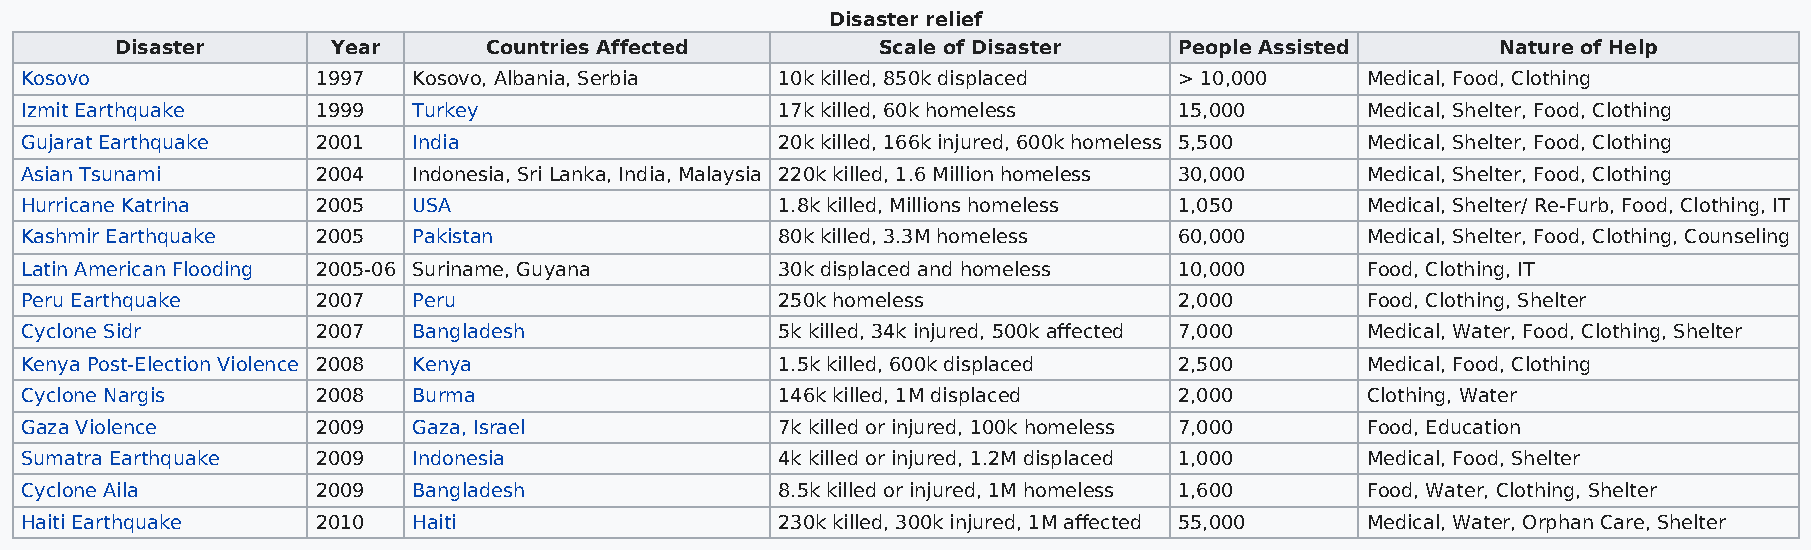
Disaster relief
 Disaster      Year      Countries Affected        Scale of Disaster   People Assisted      Nature of Help
 Kosovo              1997  Kosovo, Albania, Serbia  10k killed, 850k displaced > 10,000   Medical, Food, Clothing
 Izmit Earthquake    1999  Turkey                   17k killed, 60k homeless  15,000      Medical, Shelter, Food, Clothing
 Gujarat Earthquake  2001  India                    20k killed, 166k injured, 600k homeless 5,500 Medical, Shelter, Food, Clothing
 Asian Tsunami       2004  Indonesia, Sri Lanka, India, Malaysia 220k killed, 1.6 Million homeless 30,000 Medical, Shelter, Food, Clothing
 Hurricane Katrina   2005  USA                      1.8k killed, Millions homeless 1,050  Medical, Shelter/ Re-Furb, Food, Clothing, IT
 Kashmir Earthquake  2005  Pakistan                 80k killed, 3.3M homeless 60,000      Medical, Shelter, Food, Clothing, Counseling
 Latin American Flooding 2005-06 Suriname, Guyana   30k displaced and homeless 10,000     Food, Clothing, IT
 Peru Earthquake     2007  Peru                     250k homeless             2,000       Food, Clothing, Shelter
 Cyclone Sidr        2007  Bangladesh               5k killed, 34k injured, 500k affected 7,000 Medical, Water, Food, Clothing, Shelter
 Kenya Post-Election Violence 2008 Kenya            1.5k killed, 600k displaced 2,500     Medical, Food, Clothing
 Cyclone Nargis      2008  Burma                    146k killed, 1M displaced 2,000       Clothing, Water
 Gaza Violence       2009  Gaza, Israel             7k killed or injured, 100k homeless 7,000 Food, Education
 Sumatra Earthquake  2009  Indonesia                4k killed or injured, 1.2M displaced 1,000 Medical, Food, Shelter
 Cyclone Aila        2009  Bangladesh               8.5k killed or injured, 1M homeless 1,600 Food, Water, Clothing, Shelter
 Haiti Earthquake    2010  Haiti                    230k killed, 300k injured, 1M affected 55,000 Medical, Water, Orphan Care, Shelter